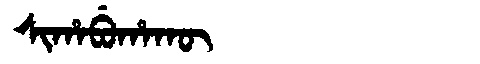
Manchu: ᠰᡳᡥᠠᠪᡠᡥᠠᡴᡡ
Romanization: SIHABUHAKŪ